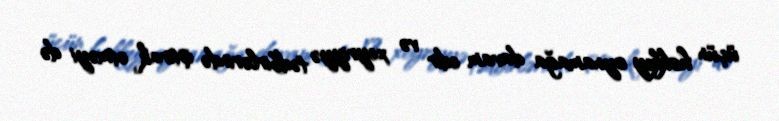
üçün hokkey oynamağa davam edir və xeyriyyə tədbirlərində iştirak etməyi də